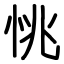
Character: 恌